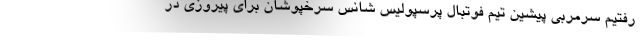
رفتیم سرمربی پیشین تیم فوتبال پرسپولیس شانس سرخپوشان برای پیروزی در